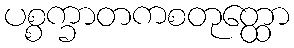
ပစ္စက္ခာတကစတုတ္ထော